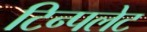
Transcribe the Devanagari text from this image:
टिन्पलेट